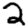
Digit: 2